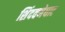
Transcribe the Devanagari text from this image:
शिंदवणेघाट